Annual report of the Punjab Veterinary College and of the Civil Veterinary Department, Punjab - 1926-1932
Year: 1926
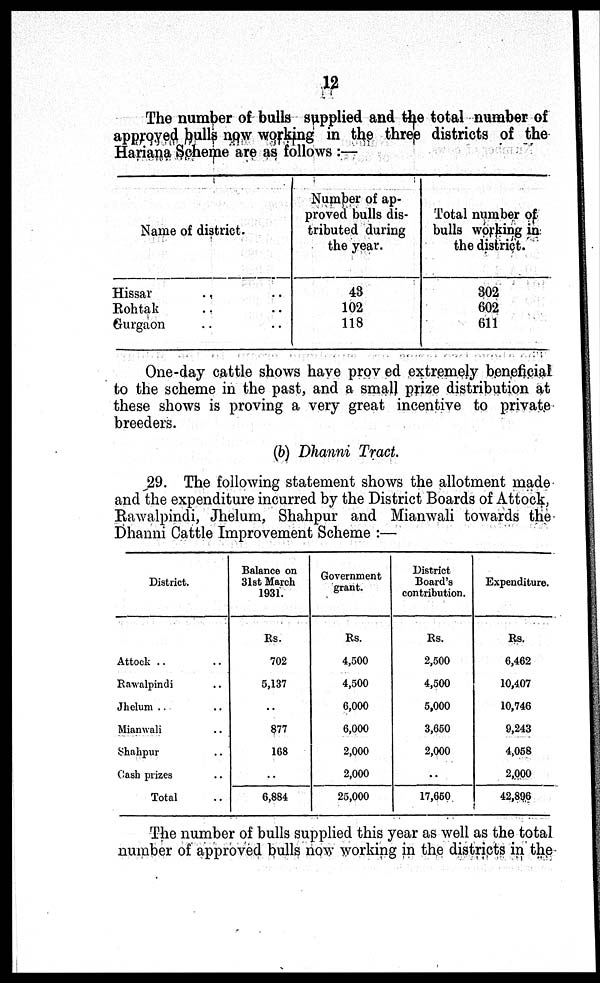
12
The number of bulls supplied and the total number of
approved bulls now working in the three districts of the
Hariana Scheme are as follows :—
Name of district.
Hissar
..
..
Rohtak .. ..
Gurgaon .. ..
Number of ap-
proved bulls dis-
tributed during
the year.
43
102
118
Total number of
bulls wording in
the district.
302
602
611
One-day cattle shows have proved extremely beneficial
to the scheme in the past, and a small prize distribution at
these shows is proving a very great incentive to private
breeders.
(b) Dhanni Tract.
29. The following statement shows the allotment made
and the expenditure incurred by the District Boards of Attock,
Rawalpindi, Jhelum, Shahpur and Mianwali towards the
Dhanni Cattle Improvement Scheme :—
District.
Attock .. ..
Rawalpindi ..
Jhelum .. ..
Mianwali ..
Shahpur ..
Cash prizes ..
Total ..
Balance on
31st March
1931.
Rs.
702
5,137
..
877
168
..
6,884
Government
grant.
Rs.
4,500
4,500
6,000
6,000
2,000
2,000
25,000
District
Board's
contribution.
Rs.
2,500
4,500
5,000
3,650
2,000
..
17,650
Expenditure.
Rs.
6,462
10,407
10,746
9,243
4,058
2,000
42,896
The number of bulls supplied this year as well as the total
number of approved bulls now working in the districts in the